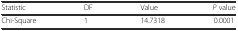
| Statistic | DF | Value | P value |
 | --- | --- | --- | --- |
 | Chi-Square | 1 | 14.7318 | 0.0001 |